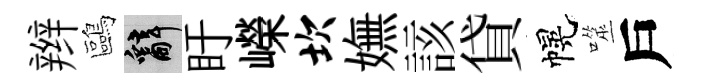
辫鷗辭盱嶸坎嫵該貸幌噬戶